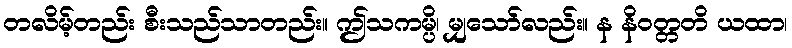
တလိမ့်တည်း စီးသည်သာတည်း။ ဤသကမ္ပိ၊ မျှသော်လည်း။ န နိဝတ္တတိ ယထာ၊